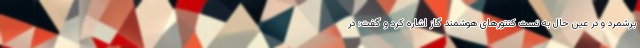
برشمرد و در عین حال به تست کنتورهای هوشمند گاز اشاره کرد و گفت: در